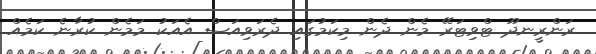
ރަންރީނދޫ ޓްވިޓަރޭ މެން ދެން މިކަމުގައި ދެރަވިއަސް އެއަކު މަމެން ކުރާނެ ކަމެއް